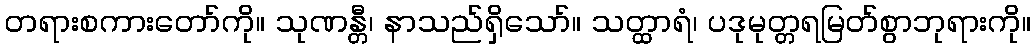
တရားစကားတော်ကို။ သုဏန္တီ၊ နာသည်ရှိသော်။ သတ္ထာရံ၊ ပဒုမုတ္တရမြတ်စွာဘုရားကို။